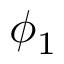
\phi _ { 1 }